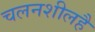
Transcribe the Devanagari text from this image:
चलनशीलहै